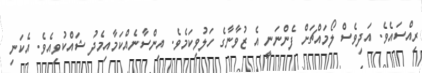
ރިއްސައެވެ. އަދިވެސް ލޯމައްޗަށް ފެންނަނީ އެ ޒުވާނާގެ ހަލުވިކަމެވެ. އިންސާނެއްކަމާއިމެދު ޝައްކުވިއެވެ. އެކަނި